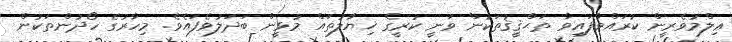
ޢިލްމުވެރީން ކުރައްވާފައިވާ ތަޙްޤީޤުތަކުން ވަނީ ކުރީގެ ޚިޔާލުތައް މުޅީން ބަދަލުވެފައެވެ. މިހާރުގެ ހޯދުންތަކުން